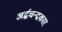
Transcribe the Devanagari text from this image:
अर्द्धचन्द्रकार